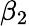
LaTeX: \beta_{2}